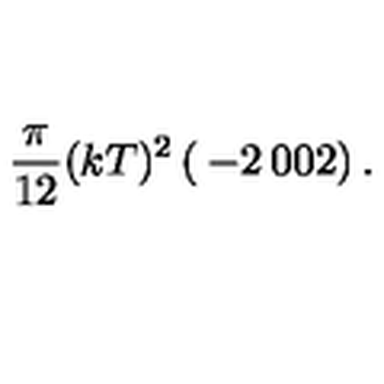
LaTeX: { \frac { \pi } { 1 2 } } ( k T ) ^ { 2 } \left( \begin{matrix} { - 2 } & { 0 } \\ { 0 } & { 2 } \\ \end{matrix} \right) .